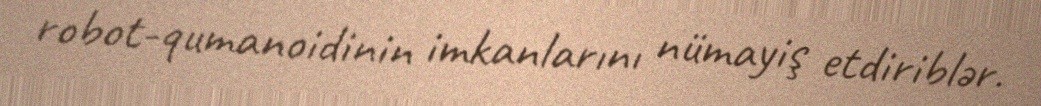
robot-qumanoidinin imkanlarını nümayiş etdiriblər.